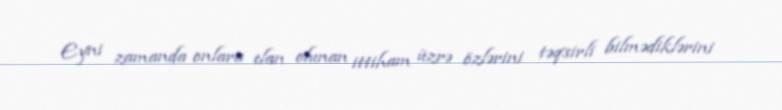
Eyni zamanda onlara elan olunan ittiham üzrə özlərini təqsirli bilmədiklərini